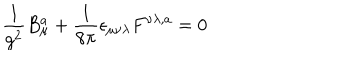
\frac { 1 } { g ^ { 2 } } B _ { \mu } ^ { a } + \frac { 1 } { 8 \pi } \epsilon _ { \mu \nu \lambda } F ^ { \nu \lambda , a } = 0